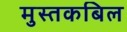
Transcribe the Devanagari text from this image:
मुस्तकबिल